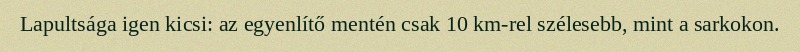
Lapultsága igen kicsi: az egyenlítő mentén csak 10 km-rel szélesebb, mint a sarkokon.